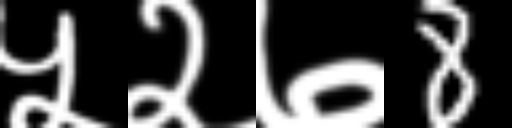
Text: ५२७8